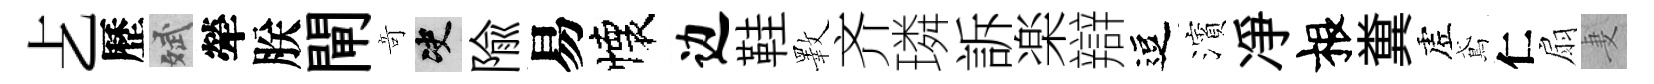
𠧒歷斌犖朕閘竒决隃易懐边鞋斁齐璘訴楽辯逗濱凈根糞虗鳶仁扇妻